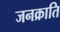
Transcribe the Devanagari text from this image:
जनक्राति